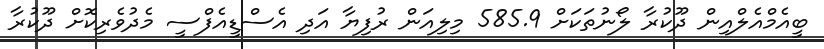
ބީއެމްއެލްއިން ދޫކުރާ ލޯނުތަކަށް 585.9 މިލިއަން ރުފިޔާ އަދި އެސްޑީއެފްސީ މެދުވެރިކޮށް ދޫކުރާ